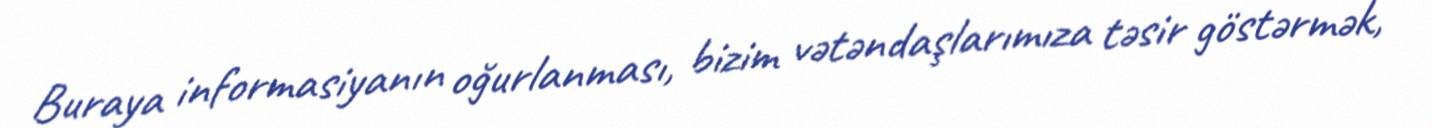
Buraya informasiyanın oğurlanması, bizim vətəndaşlarımıza təsir göstərmək,